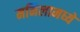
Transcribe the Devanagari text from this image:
मनिलामध्ये